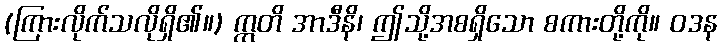
(ကြားလိုက်သလိုရှိ၏။) ဣတိ အာဒီနိ၊ ဤသို့အစရှိသော စကားတို့ကို။ ဝဒန